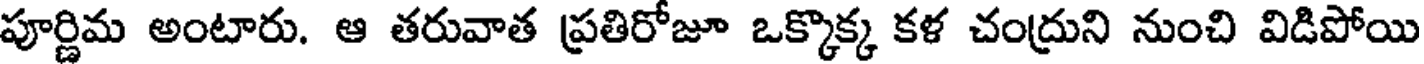
పూర్ణిమ అంటారు. ఆ తరువాత ప్రతిరోజూ ఒక్కొక్క కళ చంద్రుని నుంచి విడిపోయి